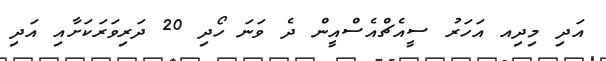
އަދި މިދިއ އަހަރު ސީއެޗްއެސްއީން ދެ ވަނަ ހޯދި 20 ދަރިވަރަކަށާއި އަދި